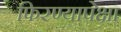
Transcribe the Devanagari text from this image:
फिरण्यापेक्षा